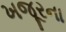
ખજૂરના